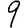
Digit: 9